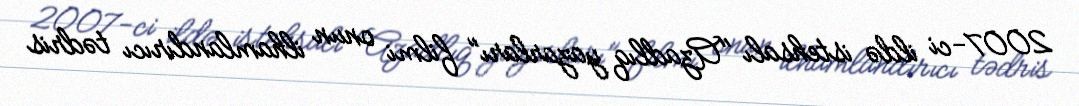
2007-ci ildə istehsalı "Azadlıq yazarları" filmi onun ilhamlandırıcı tədris